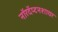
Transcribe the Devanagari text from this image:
नॉरदॅप्टनशायर